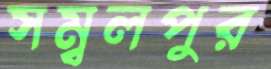
সম্বলপুর